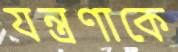
যন্ত্রণাকে